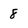
Character: 8